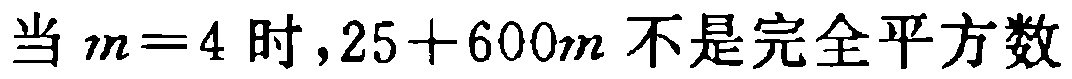
当 \(m = 4\) 时，\(25 + 600m\) 不是完全平方数